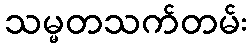
သမ္မတသက်တမ်း